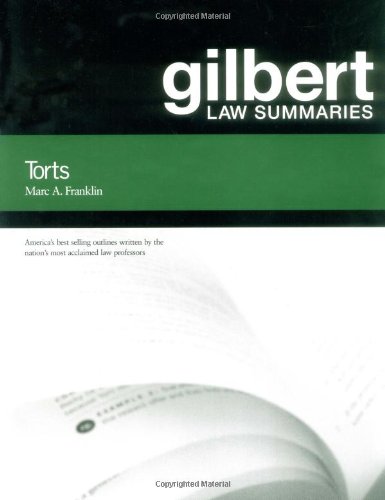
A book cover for Gilbert Law Summaries: Torts; Marc A. Franklin; Law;